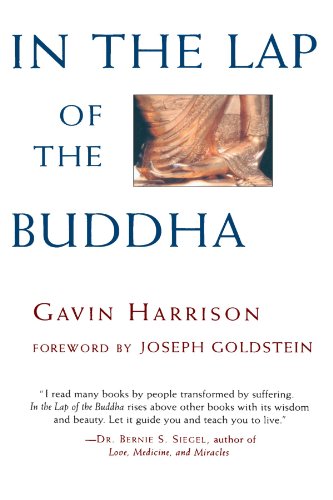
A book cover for In the Lap of the Buddha; Gavin Harrison; Religion & Spirituality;